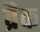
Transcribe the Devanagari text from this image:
ब्रैक